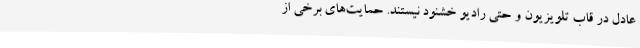
عادل در قاب تلویزیون و حتی رادیو خشنود نیستند. حمایت‌های برخی از